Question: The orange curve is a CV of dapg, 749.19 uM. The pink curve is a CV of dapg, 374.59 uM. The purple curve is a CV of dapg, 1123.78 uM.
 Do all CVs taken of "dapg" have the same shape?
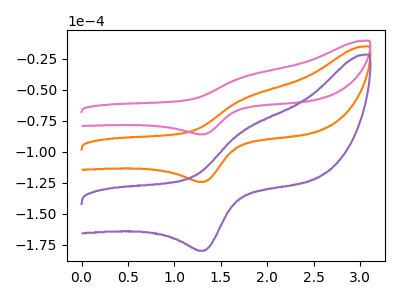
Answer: <think>The orange curve "dapg, 749.19 uM" has an anodic peak at (1.75V, -57.35uA) and a cathodic peak at (1.30V, -124.35uA). The pink curve "dapg, 374.59 uM" has an anodic peak at (1.75V, -39.60uA) and a cathodic peak at (1.30V, -85.95uA). The purple curve "dapg, 1123.78 uM" has an anodic peak at (1.75V, -114.70uA) and a cathodic peak at (1.30V, -248.70uA).
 All the peaks in "dapg, 749.19 uM" have a peak in "dapg, 374.59 uM" at the same potential. All the peaks in "dapg, 749.19 uM" have a peak in "dapg, 1123.78 uM" at the same potential. All the peaks in "dapg, 374.59 uM" have a peak in "dapg, 1123.78 uM" at the same potential.</think>
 <answer>All the CV's of "dapg" have similar shape.</answer>
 <eval>follow_rule</eval>